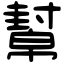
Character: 幫